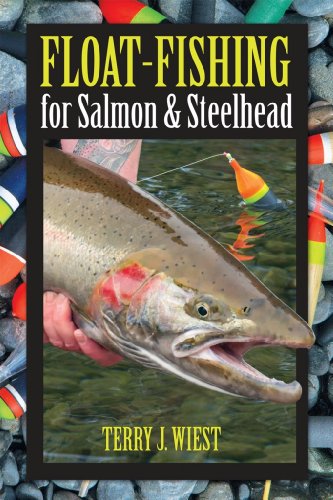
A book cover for Float-Fishing for Salmon & Steelhead; Terry J. Wiest; Sports & Outdoors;